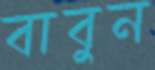
বাবুন